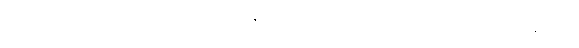
မိုးက ရွာလိုက်၊ တိတ်လိုက်၊ လေတိုက်လိုက်နဲ့ တော်တော်လေးကြာတော့ ခေါင်းတွဲက အော်ပြန်တယ်။